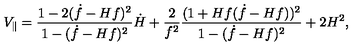
V _ { \parallel } = \frac { 1 - 2 ( \dot { f } - H f ) ^ { 2 } } { 1 - ( \dot { f } - H f ) ^ { 2 } } \dot { H } + \frac { 2 } { f ^ { 2 } } \frac { ( 1 + H f ( \dot { f } - H f ) ) ^ { 2 } } { 1 - ( \dot { f } - H f ) ^ { 2 } } + 2 H ^ { 2 } ,